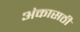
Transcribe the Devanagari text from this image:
अंकासठी